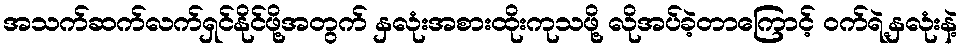
အသက်ဆက်လက်ရှင်နိုင်ဖို့အတွက် နှလုံးအစားထိုးကုသဖို့ လိုအပ်ခဲ့တာကြောင့် ဝက်ရဲ့နှလုံးနဲ့